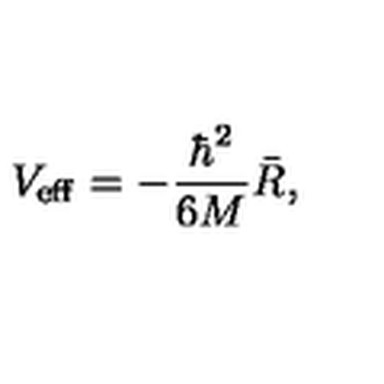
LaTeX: V _ { \mathrm { e f f } } = - \frac { \hbar ^ { 2 } } { 6 M } \bar { R } ,